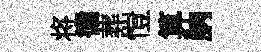
将循葬愷算朒